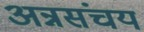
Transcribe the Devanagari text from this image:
अन्नसंचय